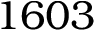
1 6 0 3